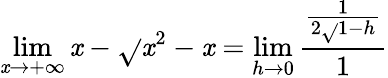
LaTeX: \lim\limits_{\mathit{x}\rightarrow+\infty}\mathit{x}-\sqrt{}{{\mathit{x}^{2}-\mathit{x}}}=\lim\limits_{h\rightarrow0}\frac{{\frac{{1}}{{2\sqrt{}{{1-h}}}}}}{{1}}